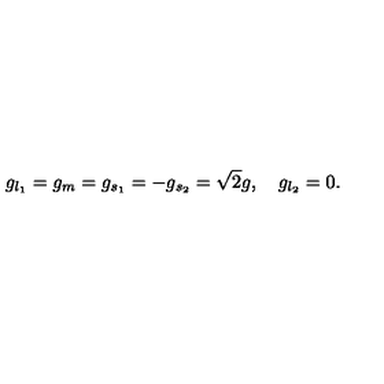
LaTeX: g _ { l _ { 1 } } = g _ { m } = g _ { s _ { 1 } } = - g _ { s _ { 2 } } = \sqrt 2 g , \quad g _ { l _ { 2 } } = 0 .